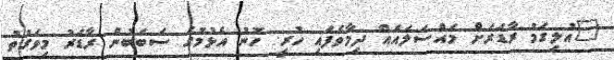
"އުލިގަމު ރާޑަރަށް މައްސަލައެއް ދިމާވެފައި ހުރީ. ހޮނު އެޅުމުގެ ސަބަބުން ރާޑަރު މިވަގުތު